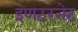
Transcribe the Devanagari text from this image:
इणटरनेट